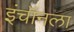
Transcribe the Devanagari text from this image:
इंचॉनला